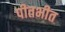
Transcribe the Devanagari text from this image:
पीतभीत